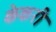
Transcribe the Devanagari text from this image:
केकरी